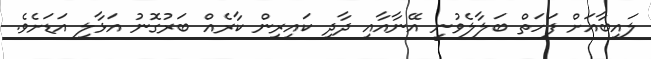
ލައިބާއަށް ފަހަތް ބަލާލެވުނީ އޭނާއާއި ދާދި ކައިރިން ކާރެއް ބަރުގޮނު އަޅާލި އަޑަށެވެ.